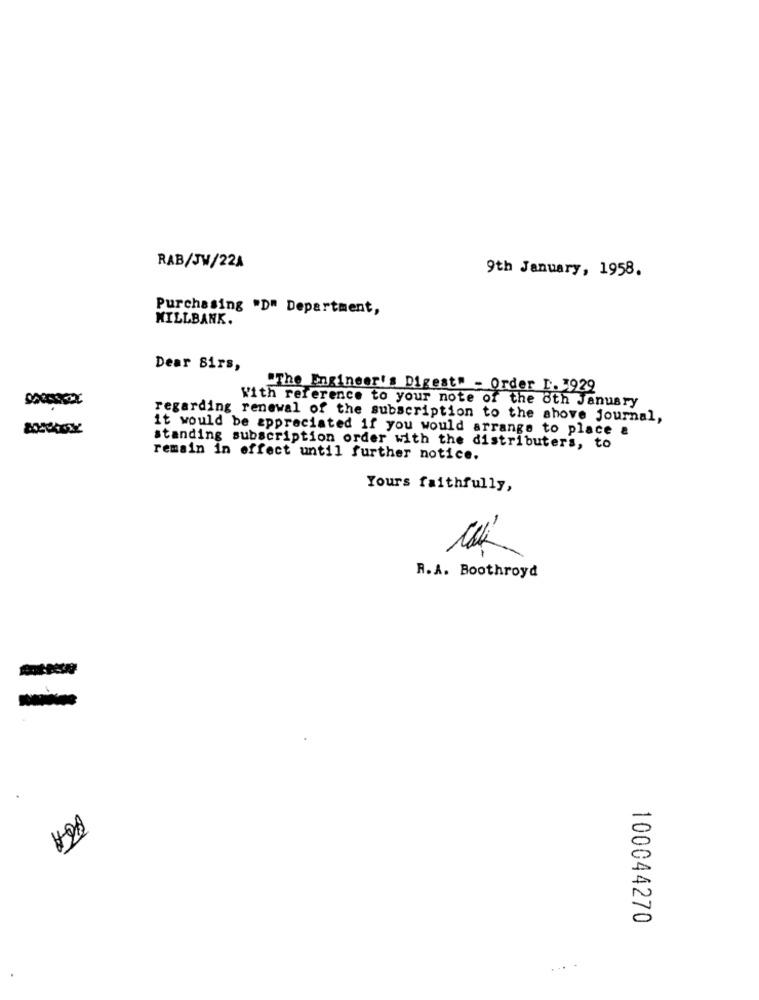
RAB/JW/22A
9th January, 1958.
Purchasing "D" Department,
MILLBANK.
Dear Sirs,
"The Engineer's Digest" - Order L. 3929
With reference to your note of the 6th January
regarding renewal of the subscription to the above journal,
it would be appreciated if you would arrange to place a
standing subscription order with the distributers, to
remain in effect until further notice.
Yours faithfully,
-
R.A. Boothroyd
100044270
... .